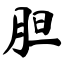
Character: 胆